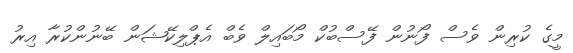
މީގެ ކުރިން ވެސް ފޯނުން ފޭސްބުކް މޯބައިލް ވެބް އެޕްލިކޭޝަން ބޭނުންކުރާ އިރު